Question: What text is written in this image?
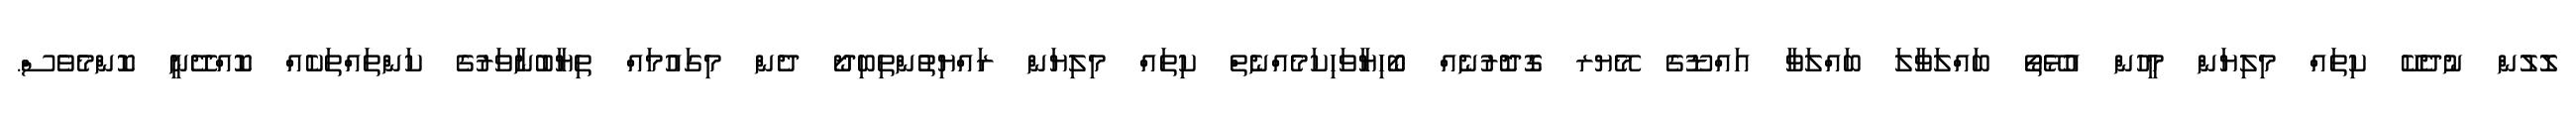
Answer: ލޮލުން ނުދެކޭ ކިތައް މިލިޔަން މީހުން އުޅޭތޯ ބައްލަވާލަ ބައްލަވާ އައްޑޫގެ މޭޔރ ގޮދޮރުނެއް ބޯހިޔާވަހިކަމެއްނެތް ކިތައް މިލިޔަން ރައްޔިތުންތިބިދޯ ދެން މިގައުމައް ތިޔާބުނާވަރުގެ ކަންތައްތަކެއް ކޮއްދޭނީ ކޮންމެވެސް.